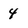
Character: 4